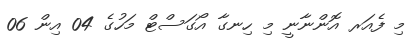
މި ފެއަރ އޮންނާނީ މި ހިނގާ އޯގަސްޓް މަހުގެ 04 އިން 06